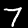
Label: 7